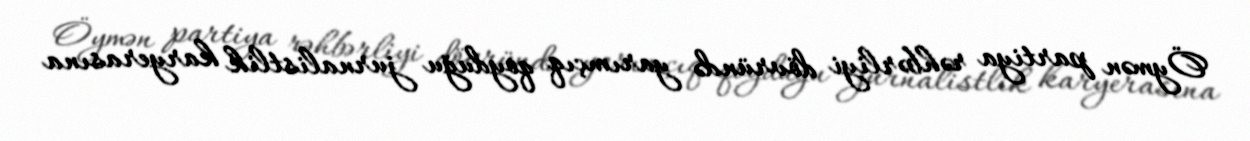
Öymən partiya rəhbərliyi dövründə yarımçıq qoyduğu jurnalistlik karyerasına